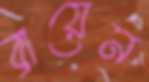
ব্রায়েন